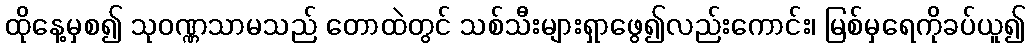
ထိုနေ့မှစ၍ သုဝဏ္ဏသာမသည် တောထဲတွင် သစ်သီးများရှာဖွေ၍လည်းကောင်း၊ မြစ်မှရေကိုခပ်ယူ၍